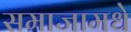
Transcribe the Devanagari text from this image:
समाजामधे